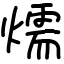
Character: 燸